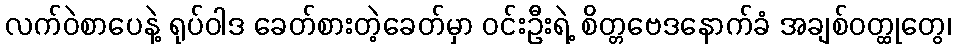
လက်ဝဲစာပေနဲ့ ရုပ်ဝါဒ ခေတ်စားတဲ့ခေတ်မှာ ဝင်းဦးရဲ့ စိတ္တဗေဒနောက်ခံ အချစ်ဝတ္ထုတွေ၊